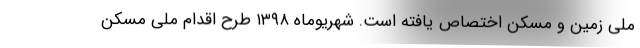
ملی زمین و مسکن اختصاص یافته است. شهریوماه ۱۳۹۸ طرح اقدام ملی مسکن